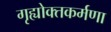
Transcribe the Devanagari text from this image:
गृह्योक्तकर्मणा